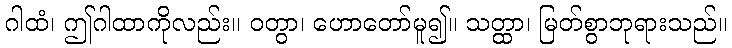
ဂါထံ၊ ဤဂါထာကိုလည်း။ ဝတွာ၊ ဟောတော်မူ၍။ သတ္ထာ၊ မြတ်စွာဘုရားသည်။